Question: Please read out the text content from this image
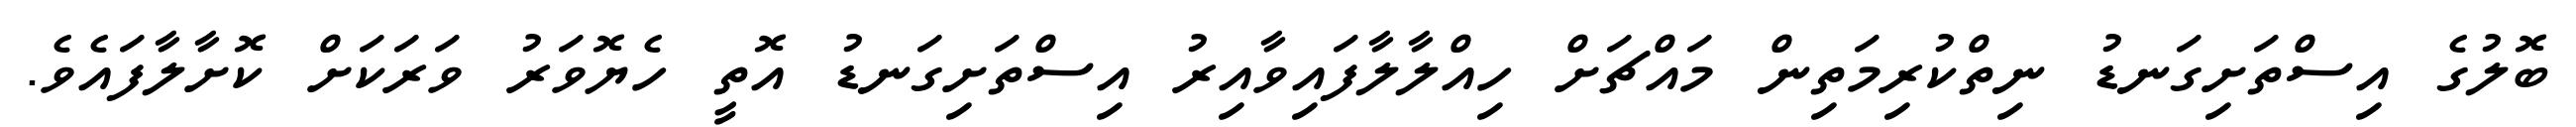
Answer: ބޮލުގެ އިސްތަށިގަނޑު ނިތްކުރިމަތިން މައްޗަށް ހިއްލާލާފައިވާއިރު އިސްތަށިގަނޑު އޮތީ ހެޔޮވަރު ވަރަކަށް ކޮށާލާފައެވެ.